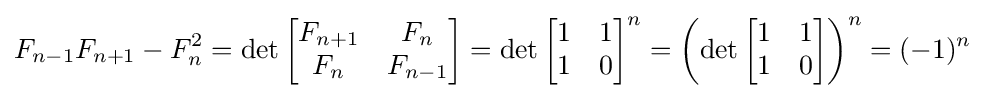
F_{n-1}F_{n+1}-F_{n}^{2}=\det \left[{\begin{matrix}F_{n+1}&F_{n}\\F_{n}&F_{n-1}\end{matrix}}\right]=\det \left[{\begin{matrix}1&1\\1&0\end{matrix}}\right]^{n}=\left(\det \left[{\begin{matrix}1&1\\1&0\end{matrix}}\right]\right)^{n}=(-1)^{n}